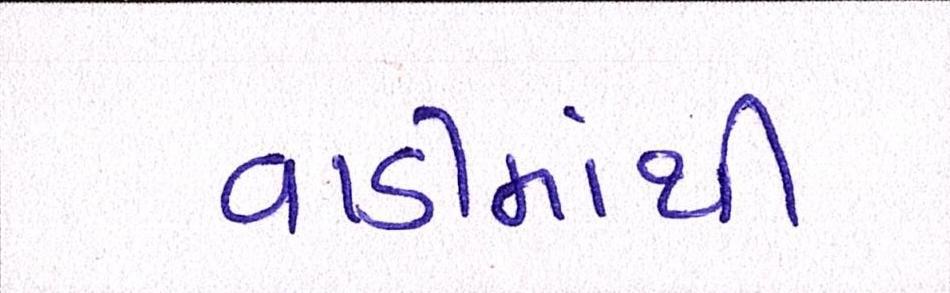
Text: વાડીમાંથી